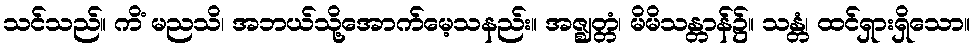
သင်သည်။ ကိံ မညသိ၊ အဘယ်သို့အောက်မေ့သနည်း။ အဇ္ဈတ္တံ၊ မိမိသန္တာန်၌။ သန္တံ၊ ထင်ရှားရှိသော။